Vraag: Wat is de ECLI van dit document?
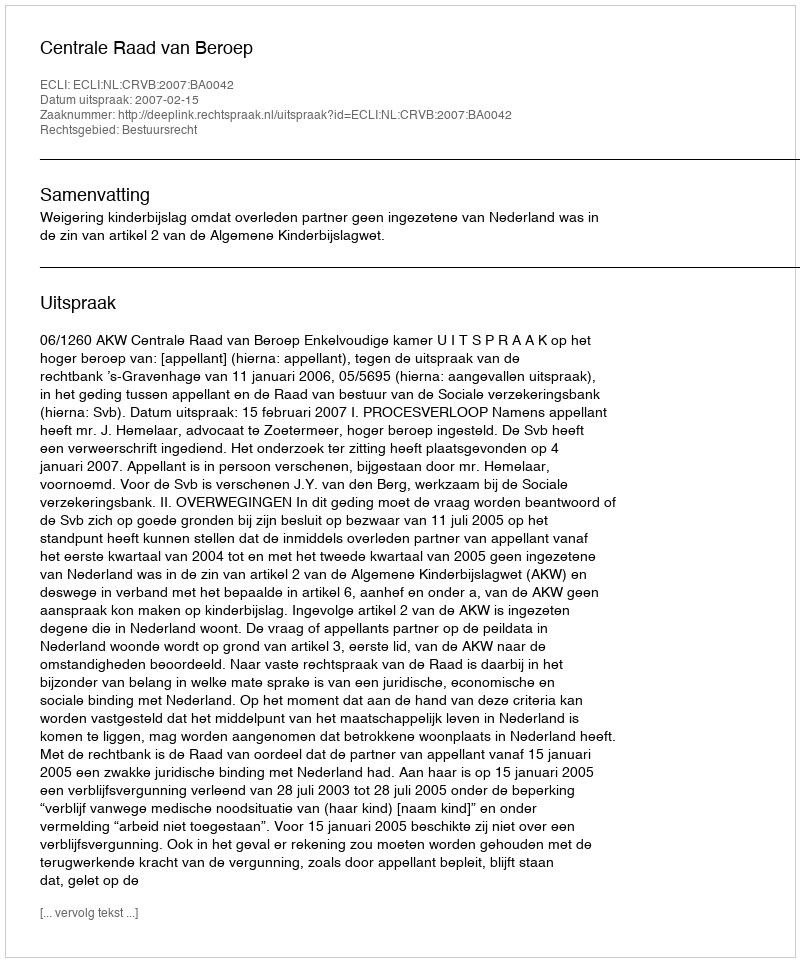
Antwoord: ECLI:NL:CRVB:2007:BA0042